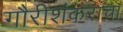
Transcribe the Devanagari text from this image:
गौरीशंकरांचा